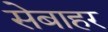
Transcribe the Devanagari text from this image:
सेबाहर